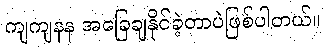
ကျကျနန အခြေချနိုင်ခဲ့တာပဲဖြစ်ပါတယ်။